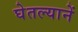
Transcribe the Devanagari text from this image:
घेतल्यानें